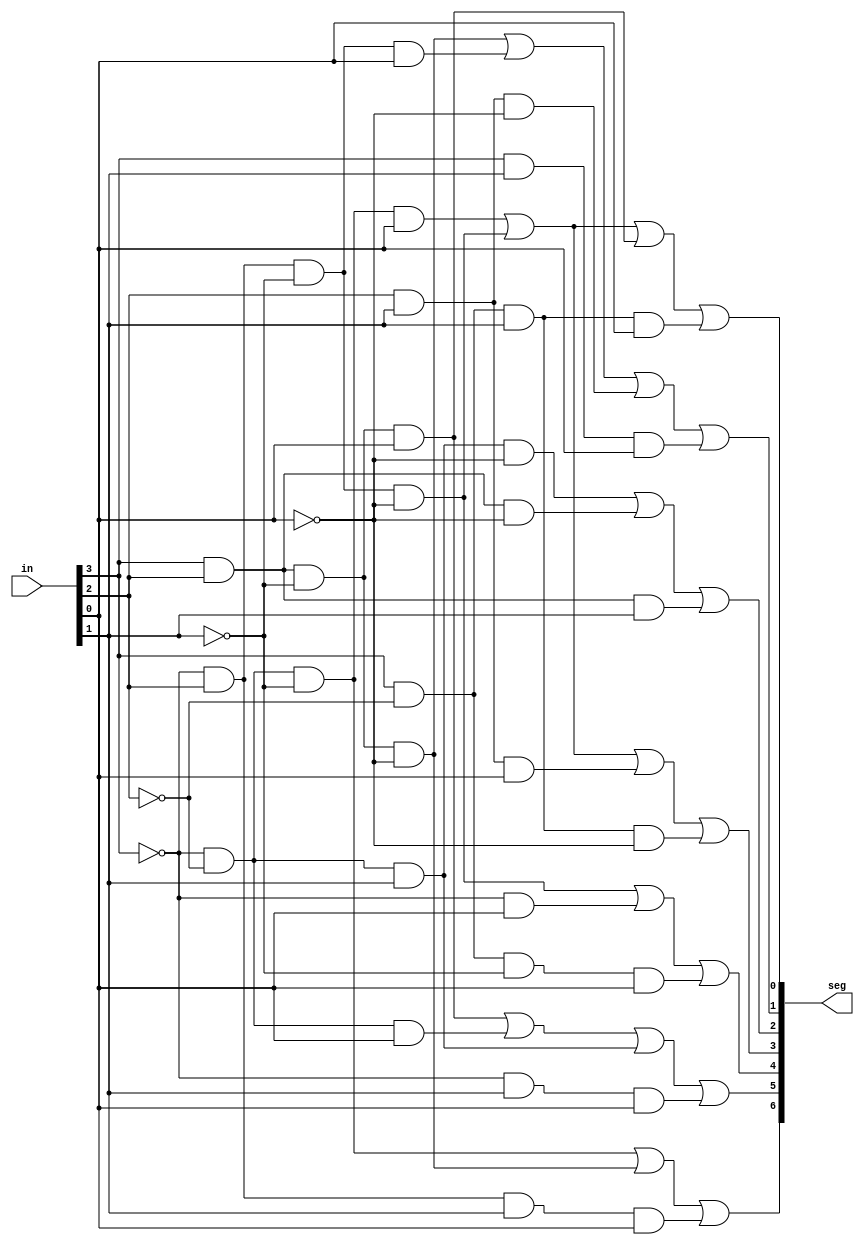
module SegDisplay(in, seg);

	input [3:0] in;
	output [6:0] seg;

	// in[3] = a
	// in[2] = b
	// in[1] = c
	// in[0] = d

	assign seg[0] = ((~in[3])&(~in[2])&(~in[1])&(in[0])) | ((~in[3])&(in[2])&(~in[1])&(~in[0])) | ((in[3])&(in[2])&(~in[1])&(in[0])) | ((in[3])&(~in[2])&(in[1])&(in[0]));
	assign seg[1] = ((in[3])&(in[2])&(~in[1])&(~in[0])) | ((~in[3])&(in[2])&(~in[1])&(in[0])) | ((in[2])&(in[1])&(~in[0]))| ((in[3])&(in[1])&(in[0]));
	//reduction:
	// f = ~a~bc~d + ab~c~d + abc
	//   = ~a~bc~d + ab(~c~d + c)
	//   = ~a~bc~d + ab(~d + c) --> absorbtion
	// f = ~a~bc~d + ab~d + abc
	assign seg[2] = ((~in[3])&(~in[2])&(in[1])&(~in[0])) | ((in[3])&(in[2])&(~in[0])) | ((in[3])&(in[2])&(in[1]));
	assign seg[3] = ((~in[3])&(~in[2])&(~in[1])&(in[0])) | ((~in[3])&(in[2])&(~in[1])&(~in[0])) | ((in[2])&(in[1])&(in[0])) | ((in[3])&(~in[2])&(in[1])&(~in[0]));
	assign seg[4] = ((~in[3])&(in[2])&(~in[1])&(~in[0])) | ((~in[3])&(in[0])) | ((in[3])&(~in[2])&(~in[1])&(in[0]));
	assign seg[5] = ((in[3])&(in[2])&(~in[1])&(in[0])) | ((~in[3])&(~in[2])&(in[0])) | ((~in[3])&(~in[2])&(in[1])) | ((~in[3])&(in[1])&(in[0]));
	assign seg[6] = ((~in[3])&(~in[2])&(~in[1])) | ((in[3])&(in[2])&(~in[1])&(~in[0])) | ((~in[3])&(in[2])&(in[1])&(in[0]));
	
endmodule